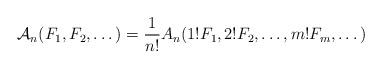
LaTeX: \begin{align*}\mathcal A_n(F_1,F_2,\dots)=\frac1{n!}A_n({1!}F_1,{2!}F_2,\dots,{m!}F_m,\dots)\end{align*}